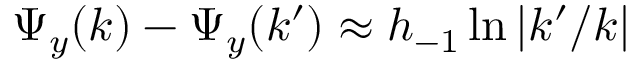
\Psi _ { y } ( k ) - \Psi _ { y } ( k ^ { \prime } ) \approx h _ { - 1 } \ln { | k ^ { \prime } / k | }